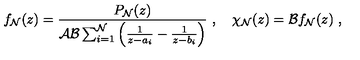
f _ { \cal N } ( z ) = { \frac { P _ { \cal N } ( z ) } { { \cal A } { \cal B } \sum _ { i = 1 } ^ { \cal N } \left( { \frac { 1 } { z - a _ { i } } } - { \frac { 1 } { z - b _ { i } } } \right) } } \ , \quad \chi _ { \cal N } ( z ) = { \cal B } f _ { \cal N } ( z ) \ ,